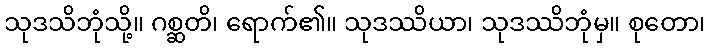
သုဒသိဘုံသို့။ ဂစ္ဆတိ၊ ရောက်၏။ သုဒဿိယာ၊ သုဒဿိဘုံမှ။ စုတော၊